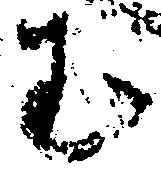
む